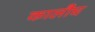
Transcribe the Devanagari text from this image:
कालौघ